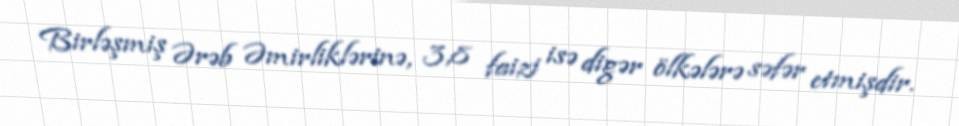
Birləşmiş Ərəb Əmirliklərinə, 3,8 faizi isə digər ölkələrə səfər etmişdir.